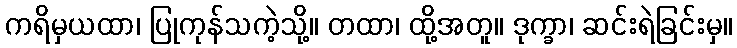
ကရိမှယထာ၊ ပြုကုန်သကဲ့သို့။ တထာ၊ ထို့အတူ။ ဒုက္ခာ၊ ဆင်းရဲခြင်းမှ။